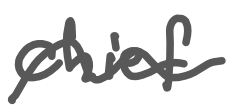
Text: chief
Cross-out: wave
Writing tool: digital_gray